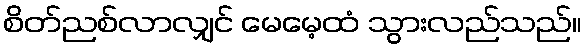
စိတ်ညစ်လာလျှင် မေမေ့ထံ သွားလည်သည်။